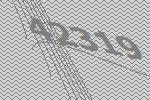
42319